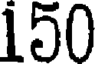
150